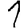
Digit: 1